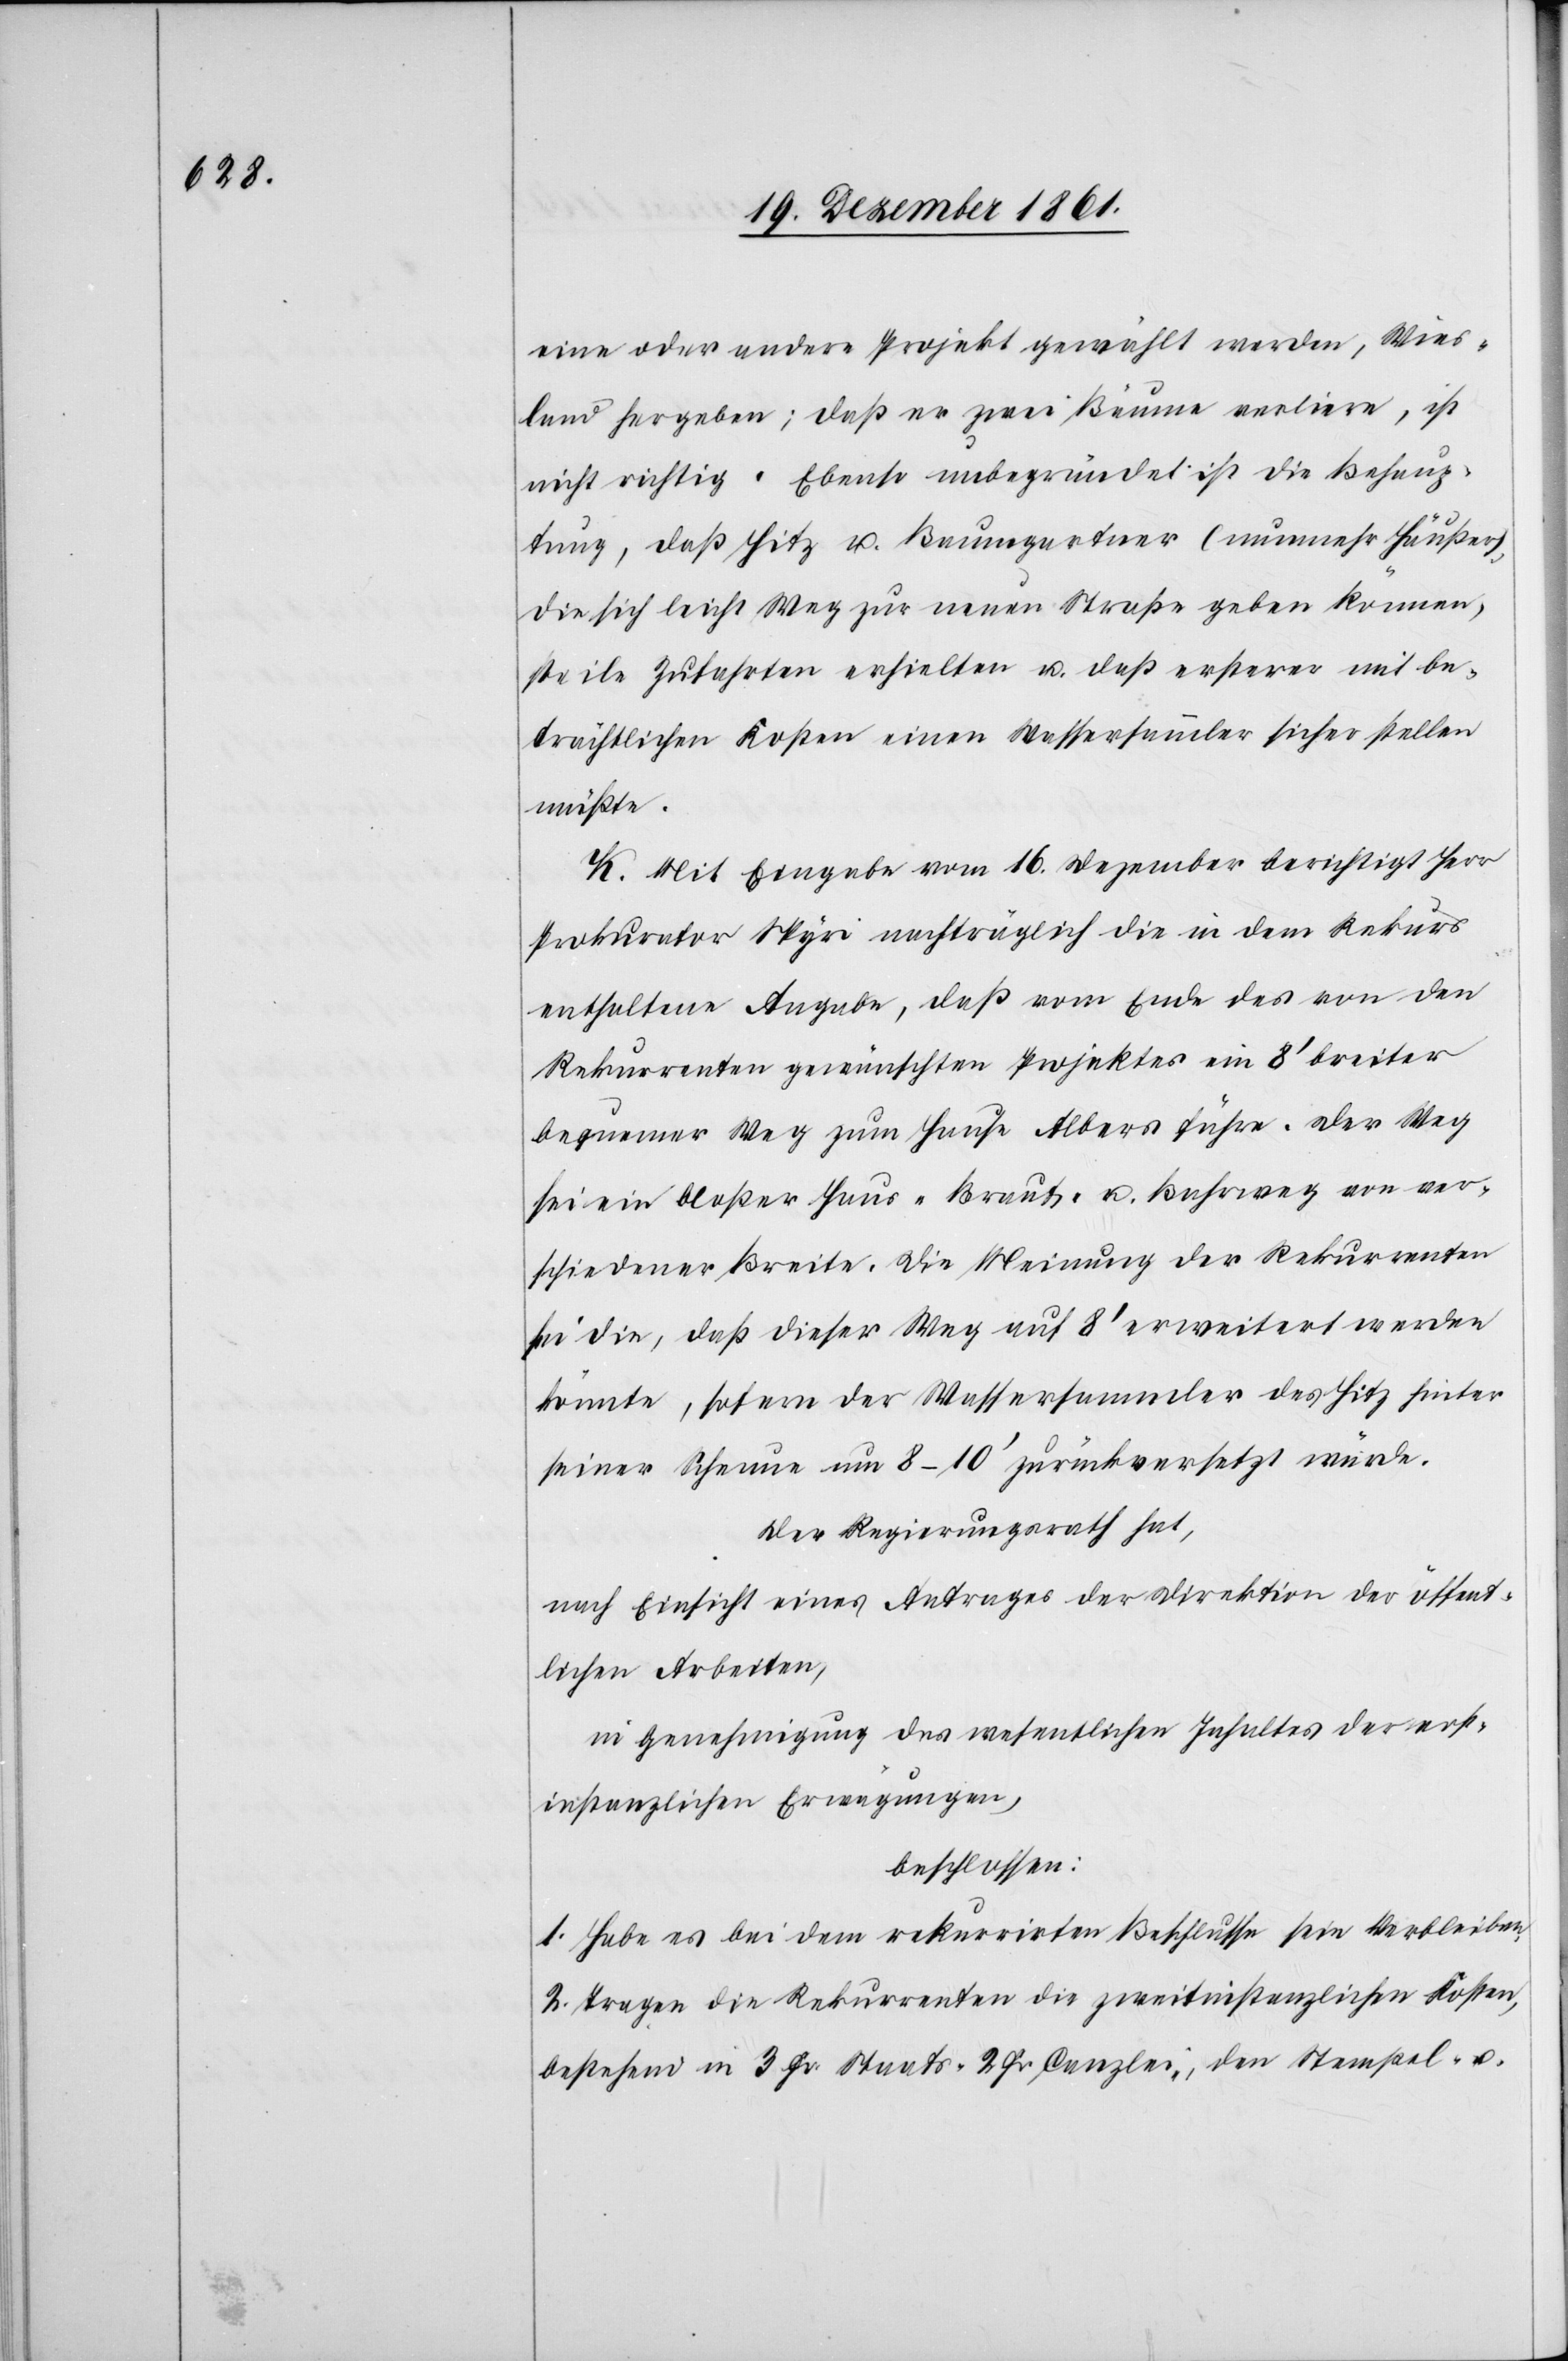
eine oder andere Projekt gewählt werden, Wies¬
land hergeben; daß er zwei Bäume verliere, ist
nicht richtig. Ebenso unbegründet ist die Behaup¬
tung, daß Hitz u. Baumgartner (nunmehr Häußer),
die sich leicht Weg zur neuen Straße geben können,
steile Zufahrten erhielten u. daß ersterer mit be¬
trächtlichen Kosten einen Wassersammler sicher stellen
müßte.
K. Mit Eingabe vom 16 Dezember berichtigt Herr
Prokurator Spyri nachträglich die in dem Rekurs
enthaltene Angabe, daß vom Ende des von den
Rekurrenten gewünschten Projektes ein 8’ breiter
bequemer Weg zum Hause Albers führe. Der Weg
sei ein bloßer Haus-[,] Braut- u. Bahrweg von ver¬
schiedener Breite. Die Meinung der Rekurrenten
sei die, daß dieser Weg auf 8’ erweitert werden
könnte, sofern der Wassersammler des Hitz hinter
seiner Scheune um 8–10’ zurückversetzt würde.
Der Regierungsrath hat,
nach Einsicht eines Antrages der Direktion der öffent¬
lichen Arbeiten,
in Genehmigung des wesentlichen Inhaltes der erst¬
instanzlichen Erwägungen,
beschlossen:
1. Habe es bei dem rekurrirten Beschlusse sein Verbleiben.
2. Tragen die Rekurrenten die zweitinstanzlichen Kosten,
bestehend in 3 Fr. Staats-[,] 2 Fr. Canzlei-, den Stempel- u.